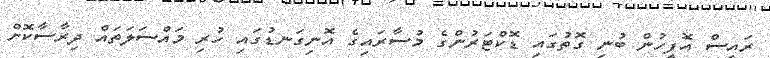
ރައީސް އޮފީހުން ބުނި ގޮތުގައި ޑޮކްޓަރުންގެ މުސާރައިގެ އޮނިގަނޑުގައި ހުރި މައްސަލަތައް ދިރާސާކޮށް